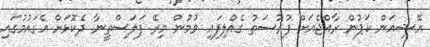
އޭޝިއަން ކަޕުން ރާއްޖެއަށް ފުރުސަތު ގެއްލިފައި ވުމުން މިރޭ ފަލަސްތީނާ ދެކޮޅަށް އެގައުމުގައި